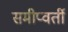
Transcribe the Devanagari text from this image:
समीप्वर्ती